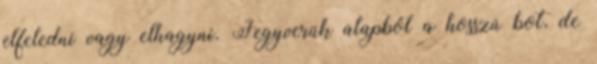
elfeledni vagy elhagyni. Fegyverük alapból a hosszú bot, de